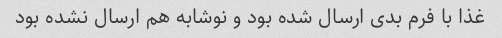
غذا با فرم بدی ارسال شده بود و نوشابه هم ارسال نشده بود